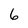
Character: 6